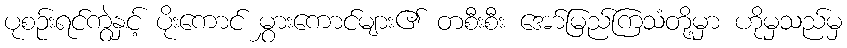
ပုစဉ်းရင်ကွဲနှင့် ပိုးကောင် မွှားကောင်များ၏ တစီးစီး အော်မြည်ကြသံတို့မှာ ဟိုမှသည်မှ